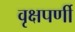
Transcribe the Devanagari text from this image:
वृक्षपर्णी